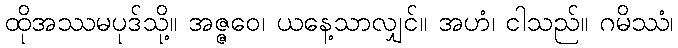
ထိုအဿမပုဒ်သို့။ အဇ္ဇဝေ၊ ယနေ့သာလျှင်။ အဟံ၊ ငါသည်။ ဂမိဿံ၊